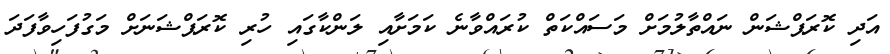
އަދި ކޮރަޕްޝަން ނައްތާލުމަށް މަސައްކަތް ކުރައްވާނެ ކަމަށާއި ލަންކާގައި ހުރި ކޮރަޕްޝަނަށް މަގުފަހިވާފަދަ